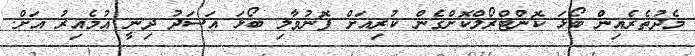
މެދުތެރެއިން ބޯޅަ ކޮންޓްރޯލްކޮށްގެން ކުރިއަށް ފޮނުވާލި ބޯޅަ އަސަދު ދިނީ އުމެއިރު އަށް.